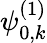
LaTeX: \psi_{0,k}^{(1)}